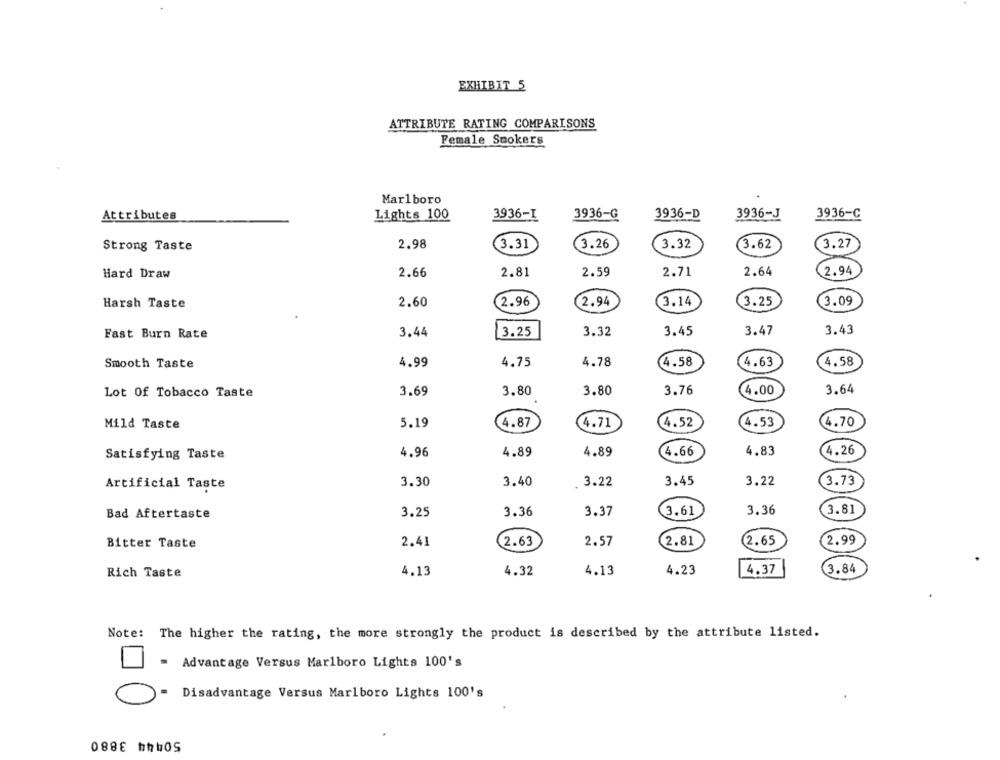
EXHIBIT 5
ATTRIBUTE RATING COMPARISONS
Female Smokers
Marlboro
Attributes
Lights 100
3936-I
3936-G
3936-D
3936-J
3936-C
3.31
(3.27
Strong Taste
2.98
3.26
3.32
(3.62
2.66
2.81
2.59
2.71
2.64
2.94
Hard Draw
Harsh Taste
2.60
2.96
2.94
(3.14
3.25
3.09
Fast Burn Rate
3.44
3.25
3.32
3.45
3.47
3.43
Smooth Taste
4.99
4.75
4.78
4.58
4.63
4.58
Lot Of Tobacco Taste
3.69
3.80
3.80
3.76
4.00
3.64
Mild Taste
5.19
4.87
4.71
(4.52
4.53
4.70
Satisfying Taste
4.96
4.89
4.89
4.66
4.83
4.26
Artificial Taste
3.30
3.40
. 3.22
3.45
3.22
3.73
Bad Aftertaste
3.25
3.36
3.37
3.61
3.36
3.81
Bitter Taste
2.41
(2.63
2.57
2.81
2.65
2.99
4.13
4.37
(3.84
Rich Taste
4.32
4.13
4.23
Note:
The higher the rating, the more strongly the product is described by the attribute listed.
= Advantage Versus Marlboro Lights 100's
Disadvantage Versus Marlboro Lights 100's
50444 3880